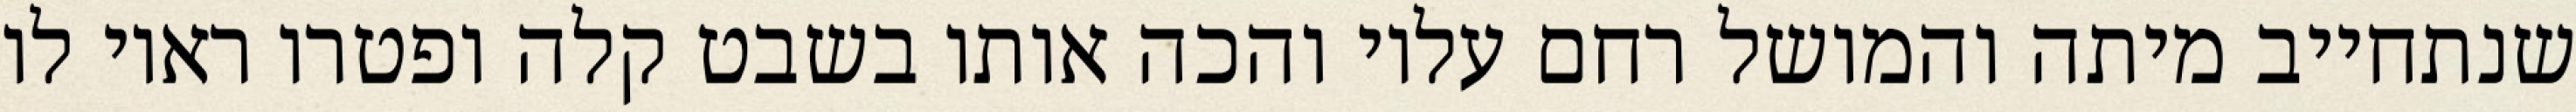
שנתחייב מיתה והמושל רחם עליו והכה אותו בשבט קלה ופטרו ראוי לו